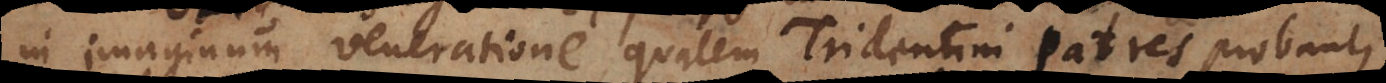
in imaginum veneratione, qualem Tridentini Patres probant,